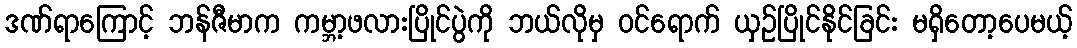
ဒဏ်ရာကြောင့် ဘန်ဇီမာက ကမ္ဘာ့ဖလားပြိုင်ပွဲကို ဘယ်လိုမှ ဝင်ရောက် ယှဉ်ပြိုင်နိုင်ခြင်း မရှိတော့ပေမယ့်